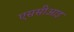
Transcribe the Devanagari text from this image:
एससीआइ